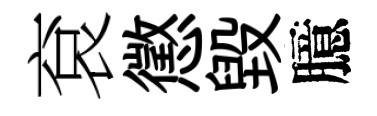
袞懲毁臆